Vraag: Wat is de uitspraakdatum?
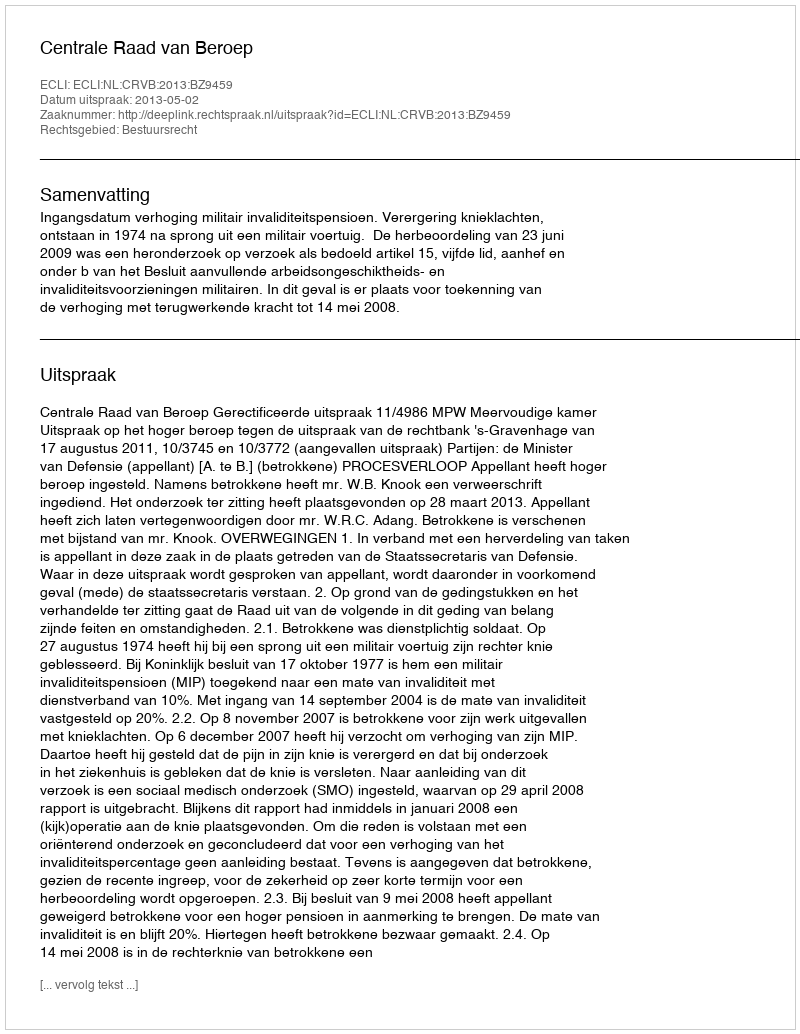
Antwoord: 2013-05-02